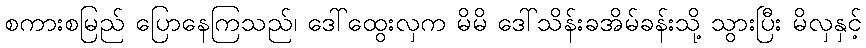
စကားစမြည် ပြောနေကြသည်၊ ဒေါ်ထွေးလှက မိမိ ဒေါ်သိန်းခအိမ်ခန်းသို့ သွားပြီး မိလှနှင့်